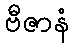
ဗီဇာနံ